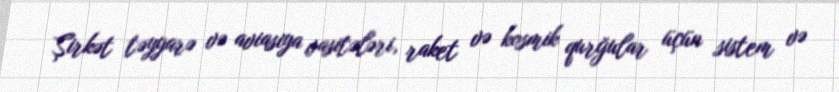
Şirkət təyyarə və aviasiya vasitələri, raket və kosmik qurğular üçün sistem və